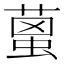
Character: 𦹌